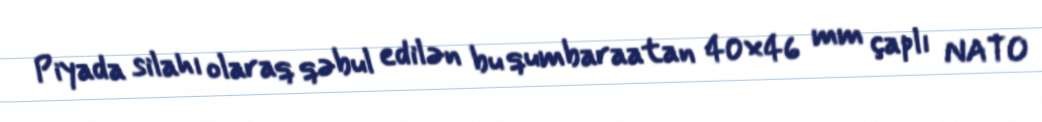
Piyada silahı olaraq qəbul edilən bu qumbaraatan 40×46 mm çaplı NATO